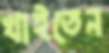
খাইতেন